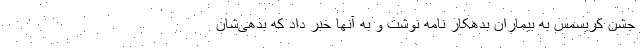
جشن کریسمس به بیماران بدهکار نامه نوشت و به آنها خبر داد که بدهی‌شان